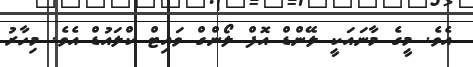
އެވެ. މީގެ މާނައަކީ ލޭންޑް އޮފް ލޯންގް ވައިޓް ކްލައުޑް އެވެ. މިހާރު